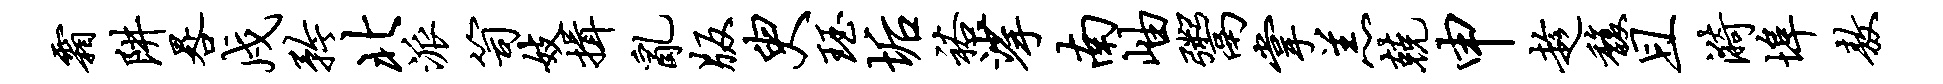
霜阱晷戍矜北派笥妓揖乱版臾珏垢裕挲南岫鬻掌羔兢申趁馥且漪埠敖